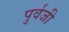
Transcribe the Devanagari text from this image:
पुर्वजी